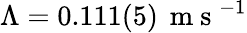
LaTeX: \Lambda=0.111(5)\, \mathrm{~m~s~}^{-1}